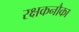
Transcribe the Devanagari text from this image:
रक्षकनौका